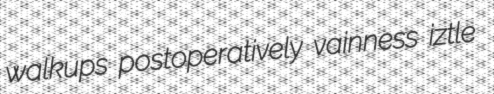
walkups postoperatively vainness iztle